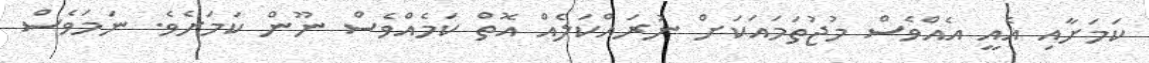
ކަމަށާއި އެއީ އެއްވެސް މުޖުތަމައަކަށް ނުރައްކަލެއް އޮތް ކަމެއްވެސް ނޫން ކަމަށެވެ. ނަމަވެސް